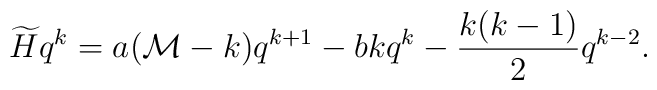
\widetilde{H}q^k=a({\mathcal M}-k)q^{k+1}-bkq^k-{k(k-1)\over2}q^{k-2}.